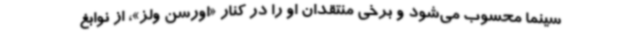
سینما محسوب می‌شود و برخی منتقدان او را در کنار «اورسن ولز»، از نوابغ